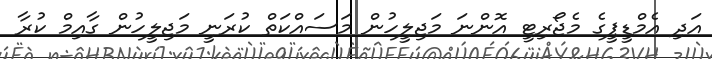
އަދި އެމްޑީޕީގެ މެޖޯރިޓީ އޮންނަ މަޖިލީހުން މަސައްކަތް ކުރަނީ މަޖިލީހުން ގާއިމް ކުރާ